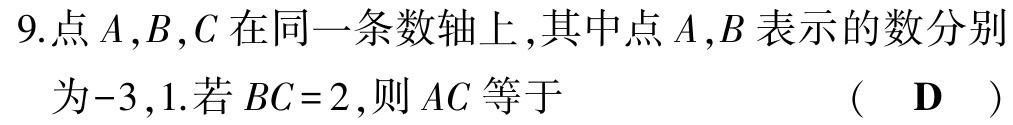
9.点\(A,B,C\)在同一条数轴上,其中点\(A,B\)表示的数分别为\(-3,1\).若\(BC = 2\),则\(AC\)等于 （ \(\mathbf{D}\) ）